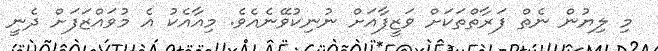
މި ލިޔުން ނެތް ފަރާތްތަކަށް ވަޒީފާއަށް ނުނިކުވޭނެއެވެ. މިއާއެކު އެ މުވައްޒަފަށް ދެނީ